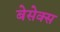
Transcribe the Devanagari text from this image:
बेसेक्स